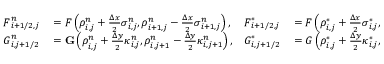
\begin{array} { r l r l } { \boldsymbol { F } _ { i + 1 / 2 , j } ^ { n } } & { { } = \boldsymbol { F } \left( \boldsymbol { \rho } _ { i , j } ^ { n } + \frac { \Delta x } { 2 } \boldsymbol { \sigma } _ { i , j } ^ { n } , \boldsymbol { \rho } _ { i + 1 , j } ^ { n } - \frac { \Delta x } { 2 } \boldsymbol { \sigma } _ { i + 1 , j } ^ { n } \right) , } & { \boldsymbol { F } _ { i + 1 / 2 , j } ^ { * } } & { { } = \boldsymbol { F } \left( \boldsymbol { \rho } _ { i , j } ^ { * } + \frac { \Delta x } { 2 } \boldsymbol { \sigma } _ { i , j } ^ { * } , \boldsymbol { \rho } _ { i + 1 , j } ^ { * } - \frac { \Delta x } { 2 } \boldsymbol { \sigma } _ { i + 1 , j } ^ { * } \right) , } \\ { \boldsymbol { G } _ { i , j + 1 / 2 } ^ { n } } & { { } = \mathbf { G } \left( \boldsymbol { \rho } _ { i , j } ^ { n } + \frac { \Delta y } { 2 } \boldsymbol { \kappa } _ { i , j } ^ { n } , \boldsymbol { \rho } _ { i , j + 1 } ^ { n } - \frac { \Delta y } { 2 } \boldsymbol { \kappa } _ { i , j + 1 } ^ { n } \right) , } & { \boldsymbol { G } _ { i , j + 1 / 2 } ^ { * } } & { { } = \boldsymbol { G } \left( \boldsymbol { \rho } _ { i , j } ^ { * } + \frac { \Delta y } { 2 } \boldsymbol { \kappa } _ { i , j } ^ { * } , \boldsymbol { \rho } _ { i , j + 1 } ^ { * } - \frac { \Delta y } { 2 } \boldsymbol { \kappa } _ { i , j + 1 } ^ { * } \right) , } \end{array}